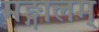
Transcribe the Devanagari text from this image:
मङ्गालम्